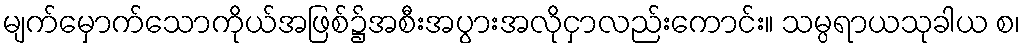
မျက်မှောက်သောကိုယ်အဖြစ်၌အစီးအပွားအလိုငှာလည်းကောင်း။ သမ္ပရာယသုခါယ စ၊